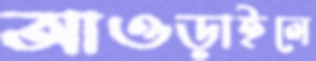
আওড়াইলে